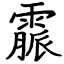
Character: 霢